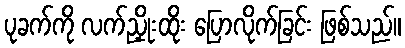
ပုခက်ကို လက်ညှိုးထိုး ပြောလိုက်ခြင်း ဖြစ်သည်။